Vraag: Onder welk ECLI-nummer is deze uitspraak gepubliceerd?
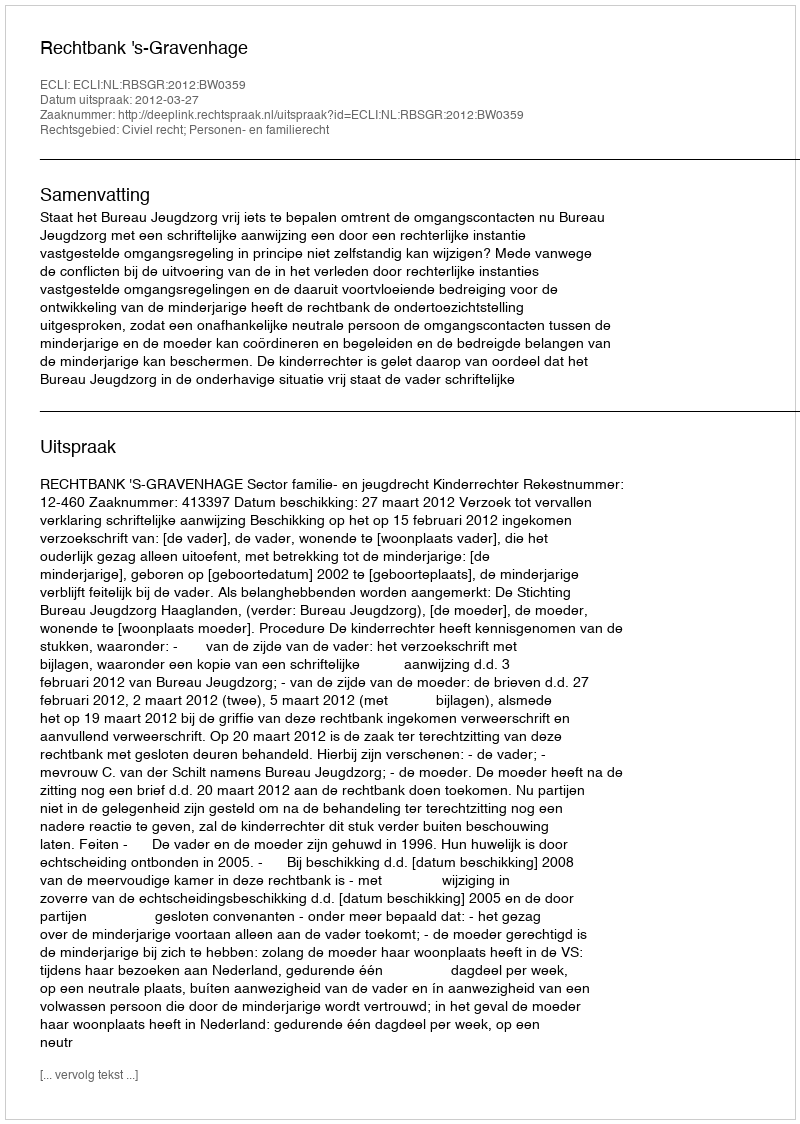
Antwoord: ECLI:NL:RBSGR:2012:BW0359